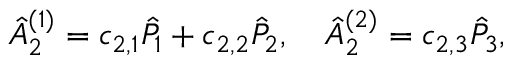
\hat { A } _ { 2 } ^ { ( 1 ) } = c _ { 2 , 1 } \hat { P } _ { 1 } + c _ { 2 , 2 } \hat { P } _ { 2 } , \quad \hat { A } _ { 2 } ^ { ( 2 ) } = c _ { 2 , 3 } \hat { P } _ { 3 } ,